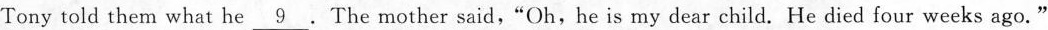
Tony told them what he \underline{9} . The mother said,"Oh, he is my dear child. He died four weeks ago."